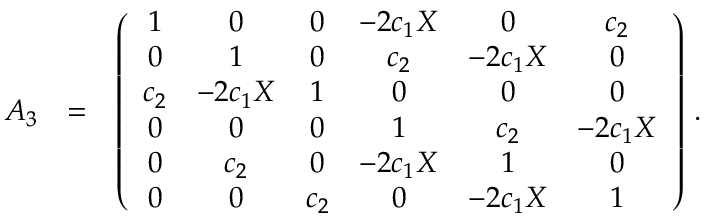
\begin{array} { r l r } { { \cal A } _ { 3 } } & { = } & { \left( \begin{array} { c c c c c c } { 1 } & { 0 } & { 0 } & { - 2 c _ { 1 } X } & { 0 } & { c _ { 2 } } \\ { 0 } & { 1 } & { 0 } & { c _ { 2 } } & { - 2 c _ { 1 } X } & { 0 } \\ { c _ { 2 } } & { - 2 c _ { 1 } X } & { 1 } & { 0 } & { 0 } & { 0 } \\ { 0 } & { 0 } & { 0 } & { 1 } & { c _ { 2 } } & { - 2 c _ { 1 } X } \\ { 0 } & { c _ { 2 } } & { 0 } & { - 2 c _ { 1 } X } & { 1 } & { 0 } \\ { 0 } & { 0 } & { c _ { 2 } } & { 0 } & { - 2 c _ { 1 } X } & { 1 } \end{array} \right) \, . } \end{array}